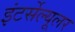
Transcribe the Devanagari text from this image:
इंटर्सेल्यूलर